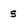
Character: s